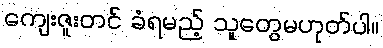
ကျေးဇူးတင် ခံရမည့် သူတွေမဟုတ်ပါ။